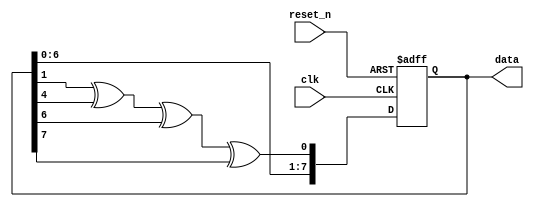
module LFSR (
  input wire clk,
  input wire reset_n,
  output wire [7:0] data
);

  reg [7:0] state;
  wire feedback;

  always @(posedge clk or negedge reset_n) begin
    if (~reset_n) begin
      state <= 8'b10001010;
    end else begin
      state <= {state[6:0], feedback};
    end
  end

  assign feedback = state[1] ^ state[4] ^ state[6] ^ state[7];
  assign data = state;

endmodule